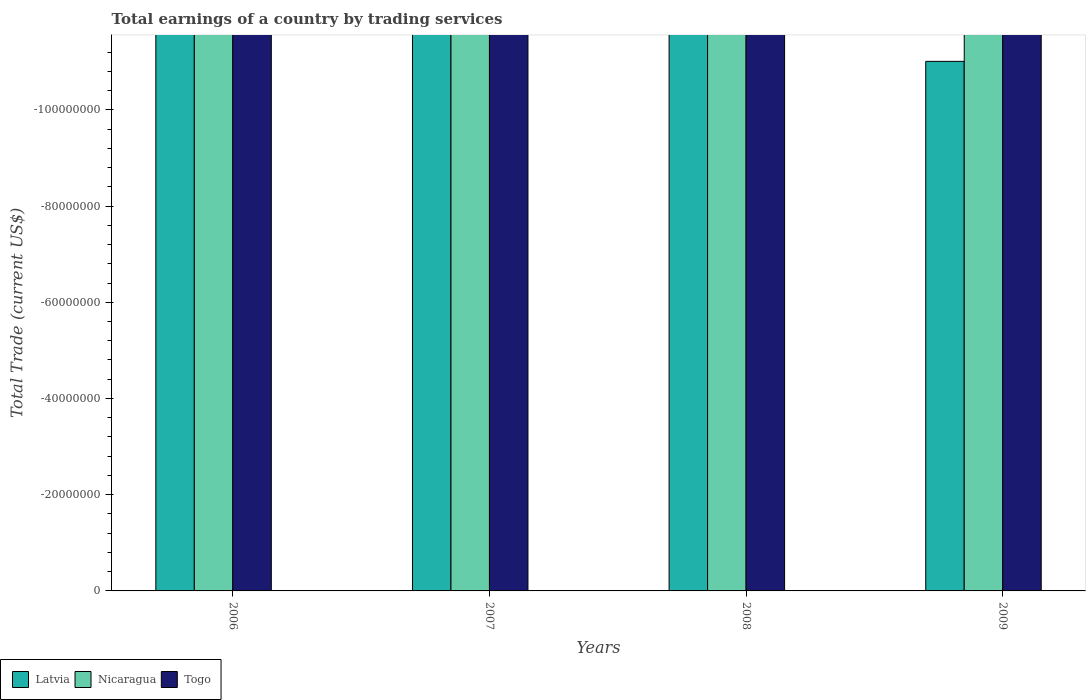
| Years | Latvia | Nicaragua | Togo |
 | --- | --- | --- | --- |
 | 2006 | -4.29e+09 | -1.63e+09 | -3.82e+08 |
 | 2007 | -5.52e+09 | -2.03e+09 | -4.65e+08 |
 | 2008 | -4.14e+09 | -2.42e+09 | -5.31e+08 |
 | 2009 | -1.1e+08 | -1.59e+09 | -4.93e+08 |